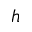
h